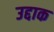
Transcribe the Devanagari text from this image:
उद्दाक